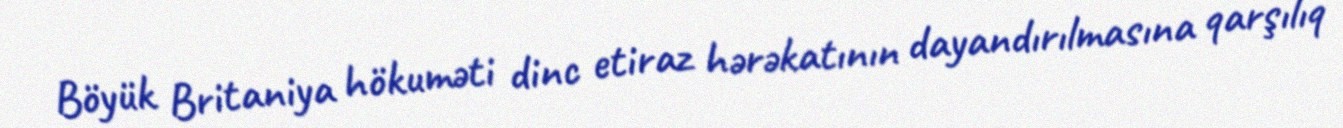
Böyük Britaniya hökuməti dinc etiraz hərəkatının dayandırılmasına qarşılıq